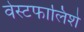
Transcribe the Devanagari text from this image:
वेस्टफालिशे